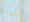
وجهنا